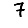
Digit: 7